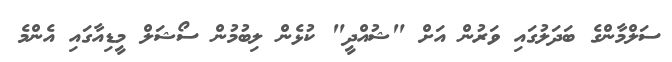
ސަލްމާންގެ ބަދަލުގައި ވަރުން އަށް "ޝުއްދީ" ކުޅެން ލިބުމުން ސޯޝަލް މީޑިއާގައި އެންމެ